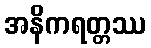
အနိကရတ္တဿ